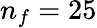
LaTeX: n_{f}=25